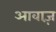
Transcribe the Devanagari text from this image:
आवाज़़